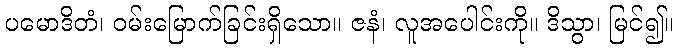
ပမောဒိတံ၊ ဝမ်းမြောက်ခြင်းရှိသော။ ဇနံ၊ လူအပေါင်းကို။ ဒိသွာ၊ မြင်၍။